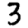
Digit: 3